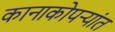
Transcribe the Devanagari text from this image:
कानाकोपऱ्यांत